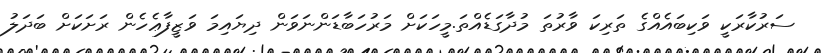
ސަރުކާރަކީ ވަކިބައެއްގެ ތަރިކަ ވާރުތަ މުދާގަޑެއްތަ.މީހަކަށް މަރުހަބާޑަންނަވަން ދިޔައިމަ ވަޒީފާޢެހެން ރަށަކަށް ބަދަލު